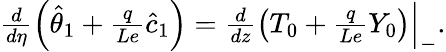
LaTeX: \begin{array}{r}{\frac{d}{d\eta}\left(\hat{\theta}_{1}+\frac{q}{Le}\hat{c}_{1}\right)=\frac{d}{dz}\left({T}_{0}+\frac{q}{Le}{Y}_{0}\right)\Big|_{-}.}\end{array}